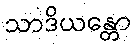
သာဒိယန္တော